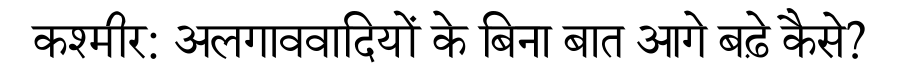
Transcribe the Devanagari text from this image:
कश्मीर: अलगाववादियों के बिना बात आगे बढ़े कैसे?